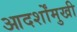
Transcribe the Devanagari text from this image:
आदर्शोंमुखी